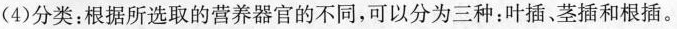
(4)分类：根据所选取的营养器官的不同，可以分为三种：叶插、茎插和根插。